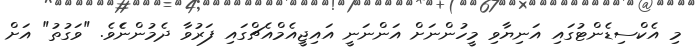
މި އެެކްސިޑެންޓުގައި އަނިޔާވި މީހުންނަށް އަންނަނީ އައިޖީއެެމްއެެޗްގައި ފަރުވާ ދެމުންނެެވެ. "ވަގުތު" އަށް